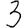
Digit: 3